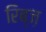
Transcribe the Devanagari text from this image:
रिब्ज़